Scottish Leaving Certificate Examination, 1961
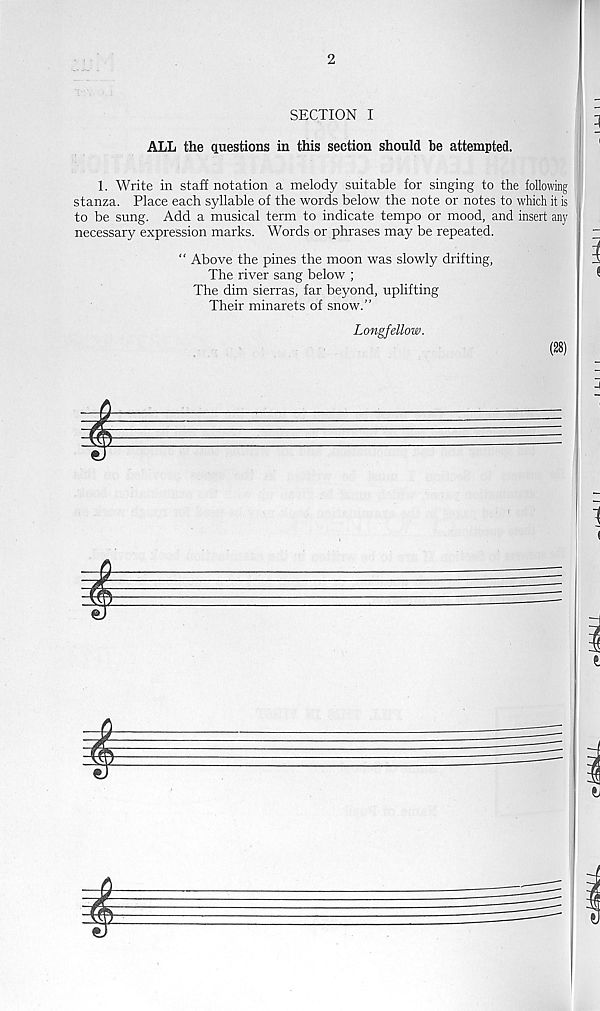
2
SECTION I
ALL the questions in this section should be attempted.
1. Write in staff notation a melody suitable for singing to the following
stanza. Place each syllable of the words below the note or notes to which it is
to be sung. Add a musical term to indicate tempo or mood, and insert any
necessary expression marks. Words or phrases may be repeated.
“ Above the pines the moon was slowly drifting,
The river sang below ;
The dim sierras, far beyond, uplifting
Their minarets of snow.”
Longfellow.